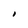
Character: I